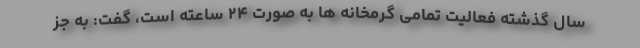
سال گذشته فعالیت تمامی گرمخانه ها به صورت ۲۴ ساعته است، گفت: به جز